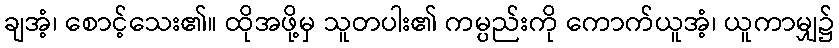
ချအံ့၊ စောင့်သေး၏။ ထိုအဖို့မှ သူတပါး၏ ကမ္ပည်းကို ကောက်ယူအံ့၊ ယူကာမျှ၌